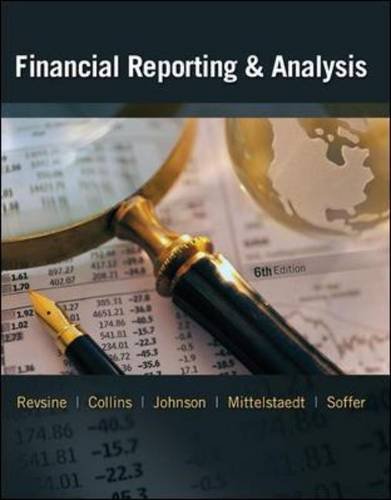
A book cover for Financial Reporting and Analysis; Lawrence Revsine; Business & Money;